DOW-UAP-D12, Mission Report, Iraq, May 2022
Agency: Department of War
Incident date: 5/20/22
Incident location: Iraq
Page 3
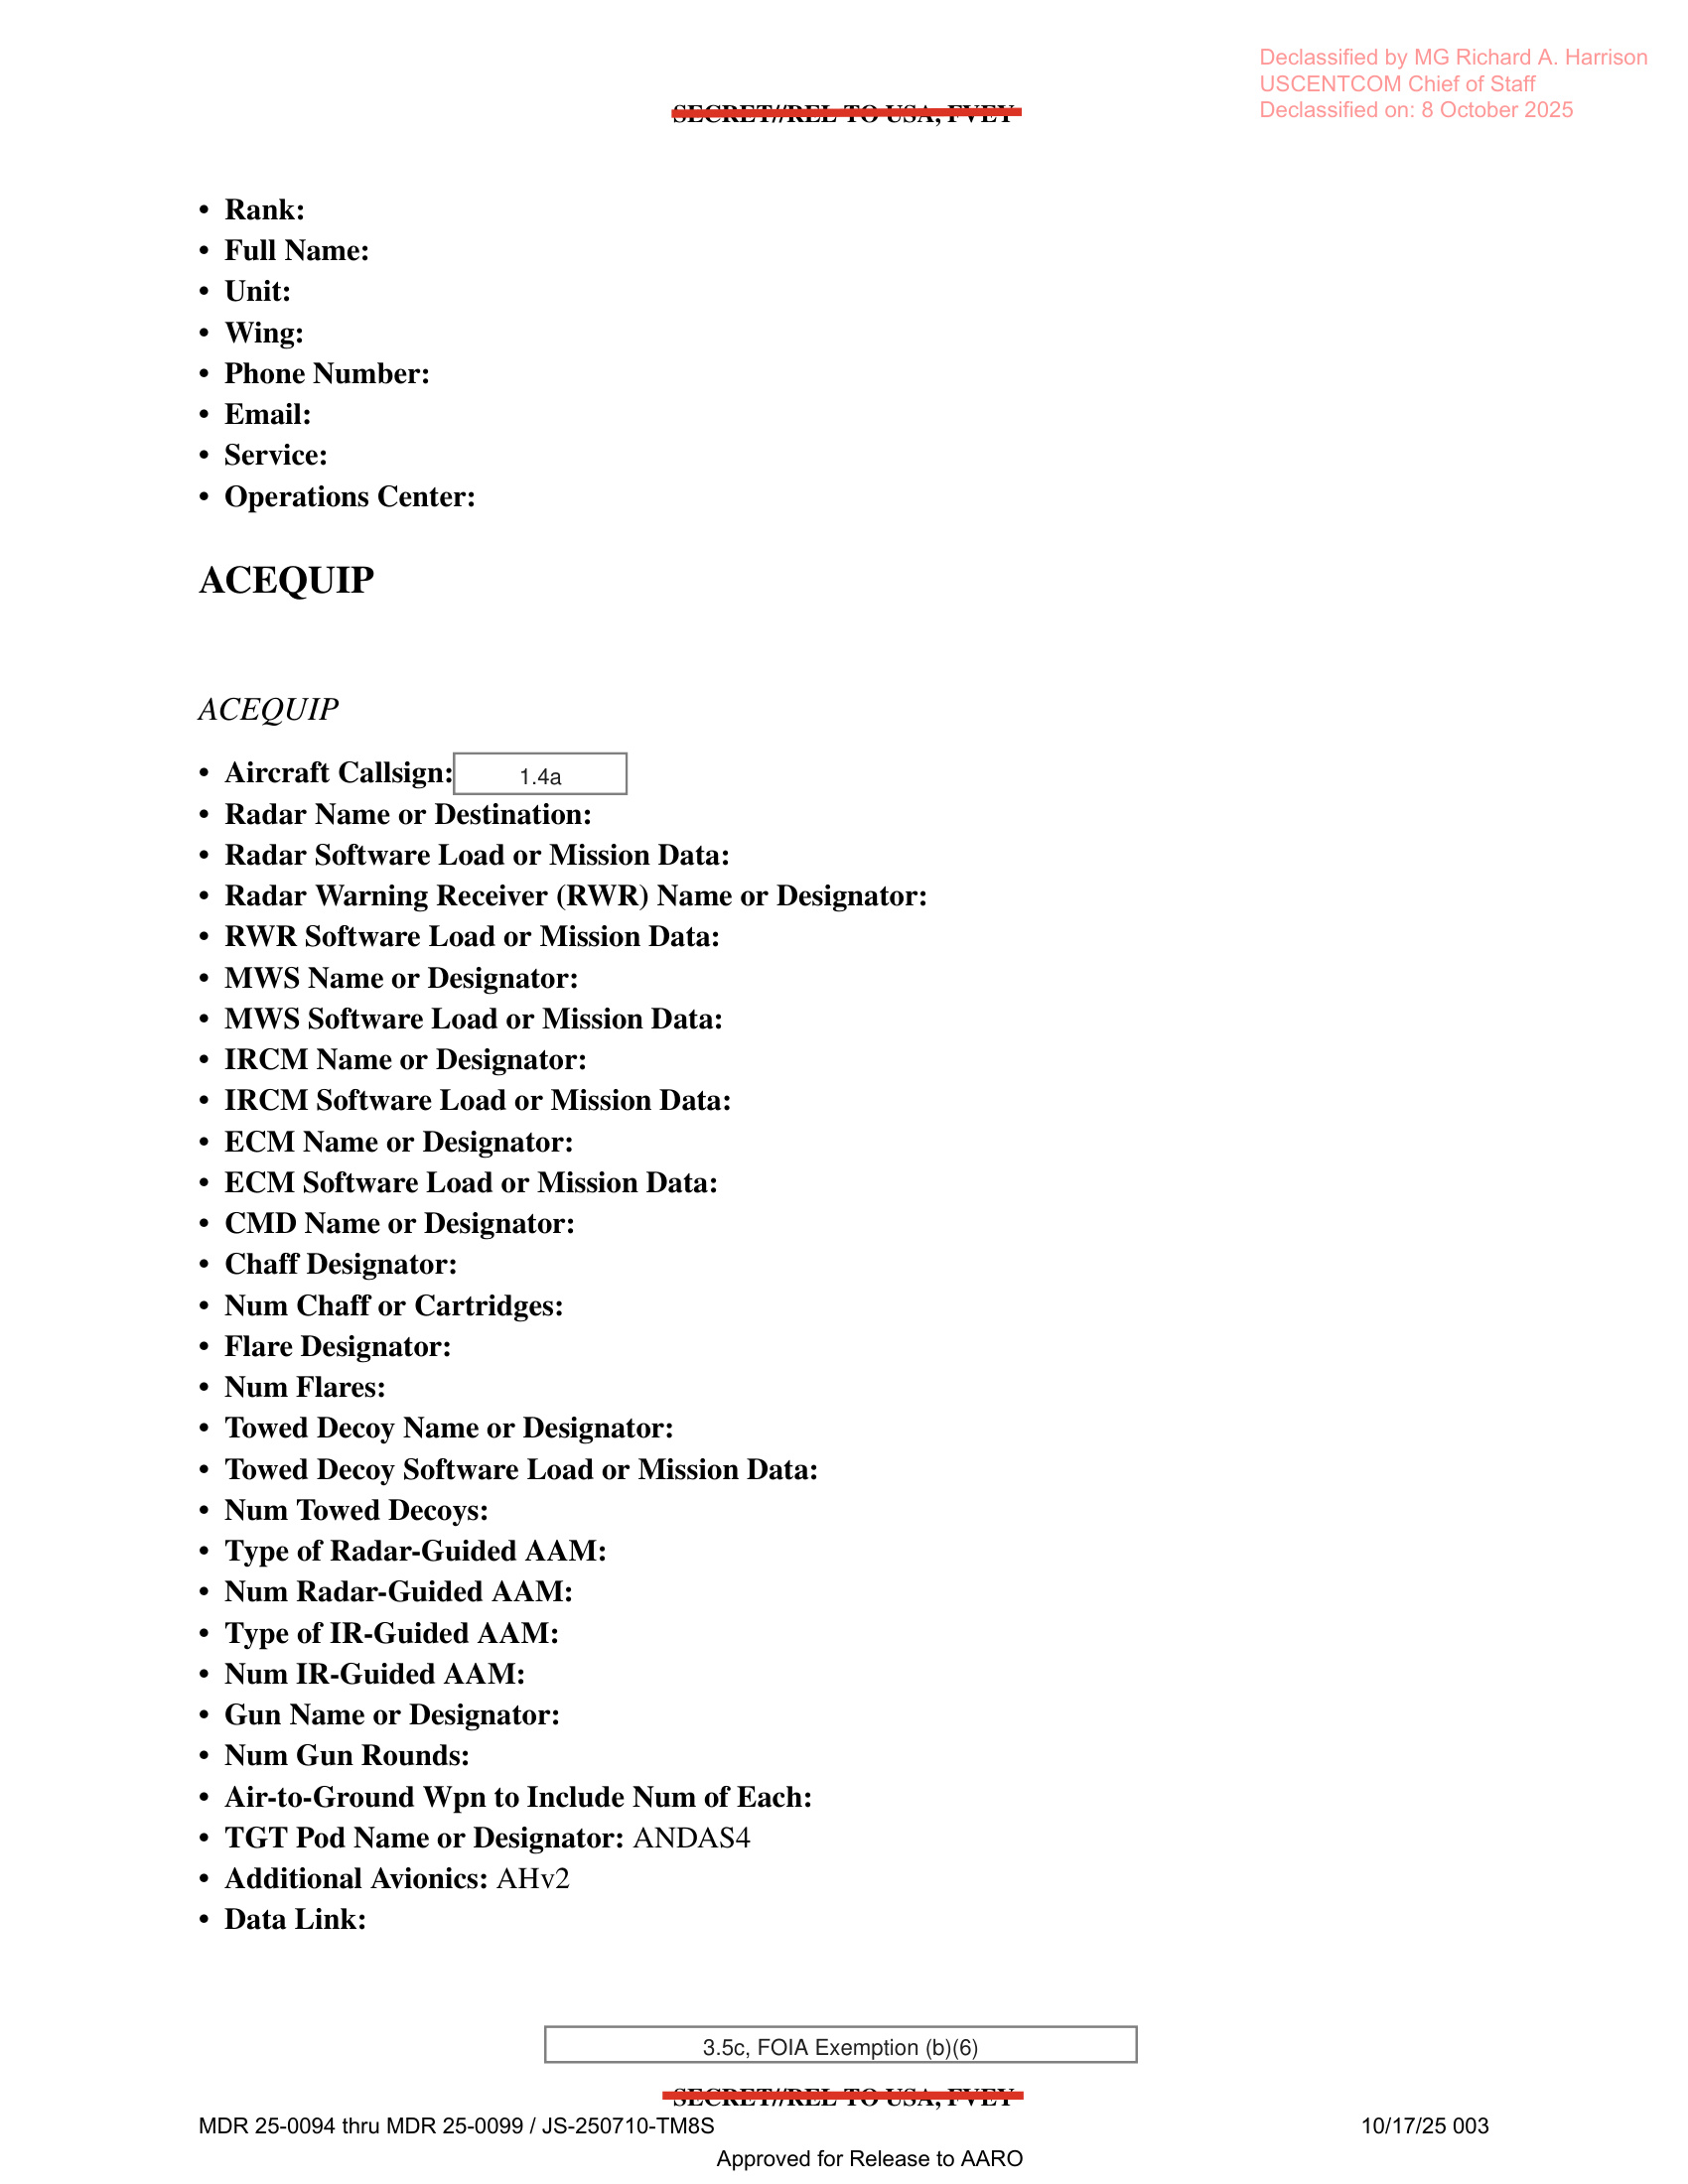